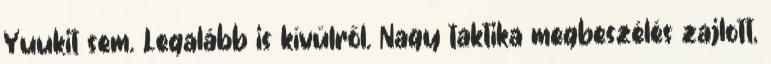
Yuukit sem. Legalább is kívülről. Nagy taktika megbeszélés zajlott,